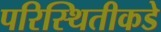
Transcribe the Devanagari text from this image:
परिस्थितीकडे